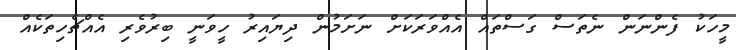
މީހަކު ފެންނަން ނެތަސް ގަސްތައް އެއްވަރަކަށް ނަށަމުން ދިޔައިރު ހީވަނީ ބިރުވެރި އެއްޗެހިތަކެއް